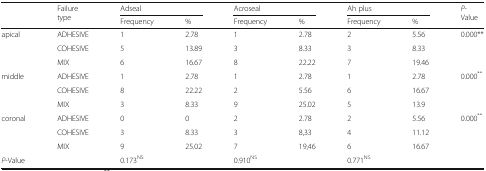
| <ROWSPAN=2>  | <ROWSPAN=2> Failure type | <COLSPAN=2> Adseal | <COLSPAN=2> Acroseal | <COLSPAN=2> Ah plus | <ROWSPAN=2> P-Value |
 | Frequency | % | Frequency | % | Frequency | % |
 | --- | --- | --- | --- | --- | --- | --- | --- | --- |
 | <ROWSPAN=3> apical | ADHESIVE | 1 | 2.78 | 1 | 2.78 | 2 | 5.56 | <ROWSPAN=3> 0.000** |
 | COHESIVE | 5 | 13.89 | 3 | 8.33 | 3 | 8.33 |
 | MIX | 6 | 16.67 | 8 | 22.22 | 7 | 19.46 |
 | <ROWSPAN=3> middle | ADHESIVE | 1 | 2.78 | 1 | 2.78 | 1 | 2.78 | <ROWSPAN=3> 0.000** |
 | COHESIVE | 8 | 22.22 | 2 | 5.56 | 6 | 16.67 |
 | MIX | 3 | 8.33 | 9 | 25.02 | 5 | 13.9 |
 | <ROWSPAN=3> coronal | ADHESIVE | 0 | 0 | 2 | 2.78 | 2 | 5.56 | <ROWSPAN=3> 0.000** |
 | COHESIVE | 3 | 8.33 | 3 | 8,33 | 4 | 11.12 |
 | MIX | 9 | 25.02 | 7 | 19,46 | 6 | 16.67 |
 | <COLSPAN=2> P-Value | <COLSPAN=2> 0.173NS | <COLSPAN=2> 0.910NS | <COLSPAN=2> 0.771NS |  |